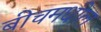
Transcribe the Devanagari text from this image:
बीचमधील